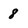
Character: 8